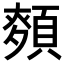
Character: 𮨎